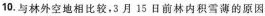
10.与林外空地相比较，3月15日前林内积雪薄的原因